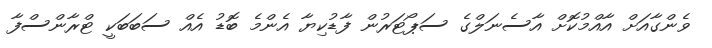
ވެންގާއަށް އާއްމުކޮށް އާސެނަލްގެ ސަޕޯޓަރުން ފާޑުކިޔާ އެންމެ ބޮޑު އެއް ސަބަބަކީ ޓްރާންސްފާ